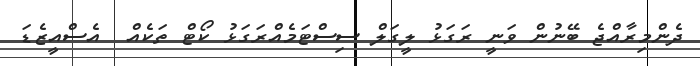
ދެންމިރާއްޖެ ބޭނުން ވަނީ ރަގަޅު ލީގަލް ސިސްޓަމެއްރަގަޅު ކޯޓް ތަކެއް  އެސްއީޒެޑަ